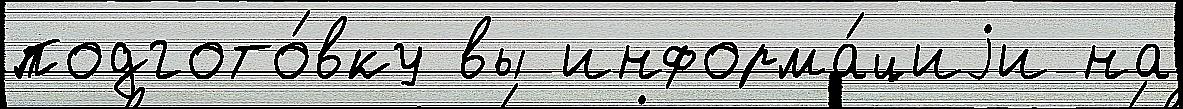
подгото́вку вы информа́циjи на